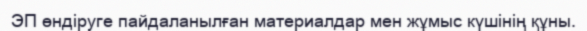
ЭП өндіруге пайдаланылған материалдар мен жұмыс күшінің құны.